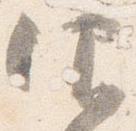
仰